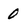
Character: 0